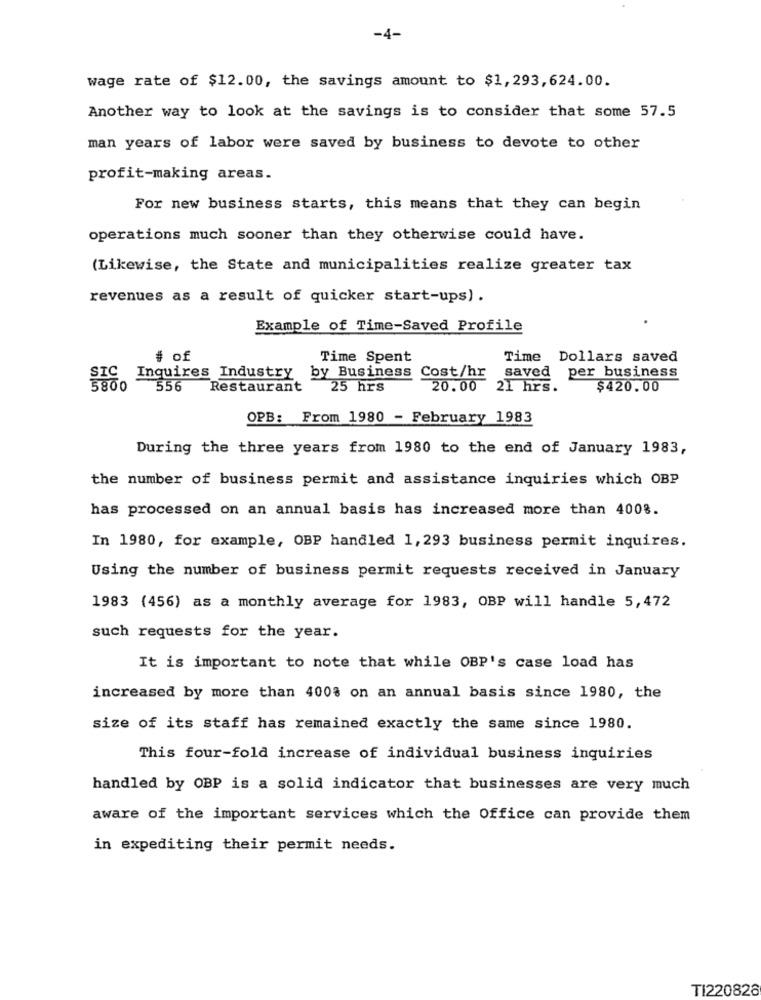
-4-
wage rate of $12.00, the savings amount to $1, 293,624.00.
Another way to look at the savings is to consider that some 57.5
man years of labor were saved by business to devote to other
profit-making areas.
For new business starts, this means that they can begin
operations much sooner than they otherwise could have.
(Likewise, the State and municipalities realize greater tax
revenues as a result of quicker start-ups) .
Example of Time-Saved Profile
# of
Time Spent
Time Dollars saved
SIC Inquires Industry by Business
Cost/hr
saved per business
5800 556 Restaurant
25 hrs
20.00 21 hrs.
$420.00
OPB: From 1980 - February 1983
During the three years from 1980 to the end of January 1983,
the number of business permit and assistance inquiries which OBP
has processed on an annual basis has increased more than 400%.
In 1980, for example, OBP handled 1,293 business permit inquires.
Using the number of business permit requests received in January
1983 (456) as a monthly average for 1983, OBP will handle 5,472
such requests for the year.
It is important to note that while OBP's case load has
increased by more than 4008 on an annual basis since 1980, the
size of its staff has remained exactly the same since 1980.
This four-fold increase of individual business inquiries
handled by OBP is a solid indicator that businesses are very much
aware of the important services which the Office can provide them
in expediting their permit needs.
TI220828